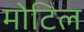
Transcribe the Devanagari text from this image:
मोटिल